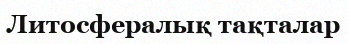
Литосфералық тақталар